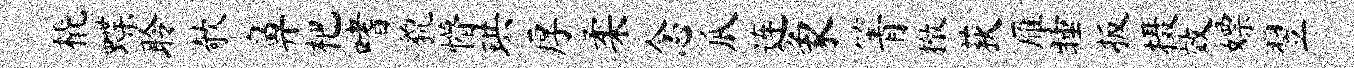
橇蝶聆欹鼻杷嗜貌懵珙厚柔念瓜连象箐撤荻雁睡扳摄效嫖翌